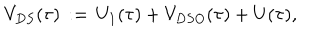
LaTeX: V _ { D S } ( \tau ) \, : = \, U _ { 1 } ( \tau ) + { V } _ { D S O } ( \tau ) + U ( \tau ) ,